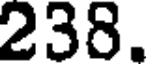
238.